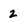
Character: 2